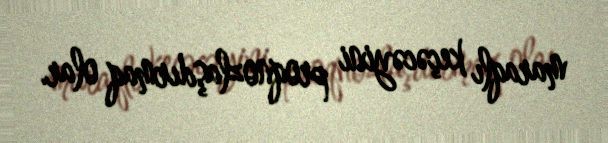
maraqlı keçəcəyini proqnozlaşdırmaq olar.